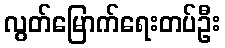
လွတ်မြောက်ရေးတပ်ဦး